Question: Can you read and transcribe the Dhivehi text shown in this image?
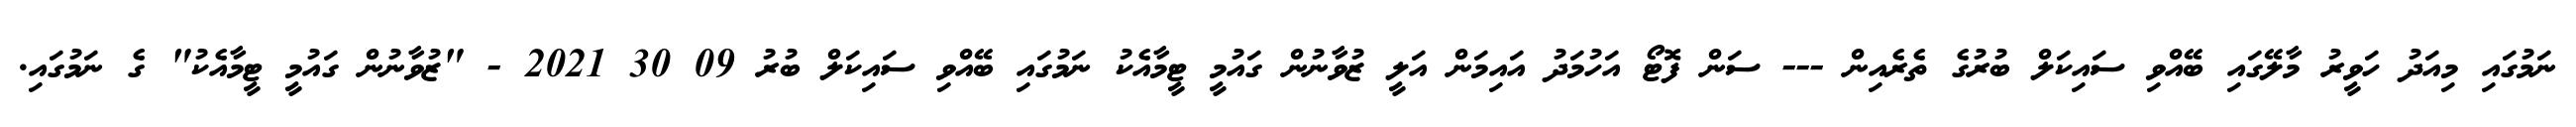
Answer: ނަމުގައި މިއަދު ހަވީރު މާލޭގައި ބޭއްވި ސައިކަލް ބުރުގެ ތެރެއިން --- ސަން ފޮޓޯ އަހުމަދު އައިމަން އަލީ ޒުވާނުން ގައުމީ ޓީމާއެކު ނަމުގައި ބޭއްވި ސައިކަލް ބުރު 09 30 2021 - "ޒުވާނުން ގައުމީ ޓީމާއެކު" ގެ ނަމުގައި.